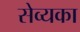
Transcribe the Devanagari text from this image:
सेव्यका